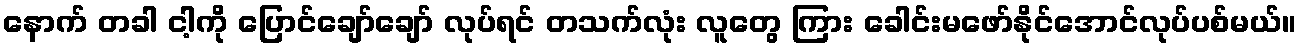
နောက် တခါ ငါ့ကို ပြောင်ချော်ချော် လုပ်ရင် တသက်လုံး လူတွေ ကြား ခေါင်းမဖော်နိုင်အောင်လုပ်ပစ်မယ်။